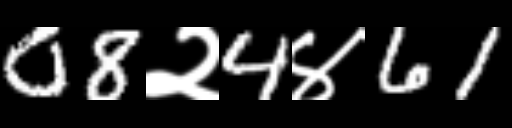
Text: 08२4४61